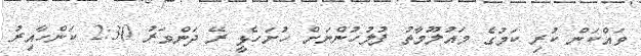
ވައްކަން ކުރި ކަމުގެ މައުލޫމާތު ފުލުހުންނަށް ހުށަހެޅީ ރޭ ދަންވަރު 2:30 ކަންހާއިރު